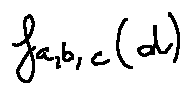
f _ { a , b , c } ( d )